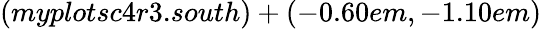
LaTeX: (myplotsc4r3.south)+(-0.60em,-1.10em)